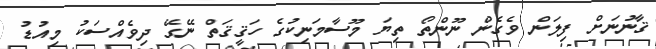
ޤާނުނަށް ފިލަން ވެގެން ނޫންތޯ ތިޔަ މޫސާމަނިކުގެ ހަޤީޤަތް ނޭގޭ ދިވެއްސަކު މިއުޑު